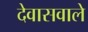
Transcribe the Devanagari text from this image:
देवासवाले